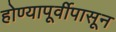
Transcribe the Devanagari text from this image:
होण्यापूर्वीपासून